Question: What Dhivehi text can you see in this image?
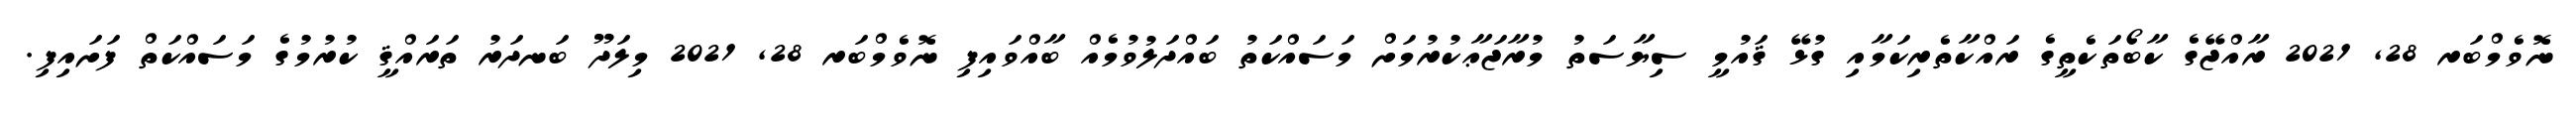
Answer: ނޮވެމްބަރ 28, 2021 ރާއްޖޭގެ ކާބޯތަކެތީގެ ރައްކާތެރިކަމާއި ގުޅޭ ޤައުމީ ސިޔާސަތު މުރާޖަޢާކުރުމަށް މަސައްކަތު ބައްދަލުވުމެއް ބާއްވައިފި ނޮވެމްބަރ 28, 2021 މިލަދޫ ބަނދަރު ތަރައްޤީ ކުރުމުގެ މަސައްކަތް ފަށައިފި.